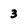
Character: 3